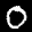
Label: 0